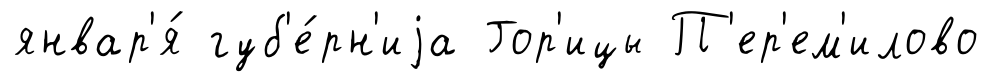
январ'я́ губ'е́рн'иjа Гор'ицы П'ер'ем'илово